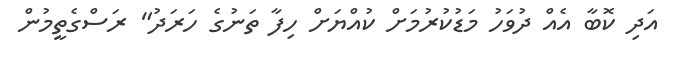
އަދި ކޮބާ އެއް ދުވަހު މަޑުކުރުމަށް ކުއްޔަށް ހިފާ ތަނުގެ ހަރަދު" ރަސްގެތީމުން